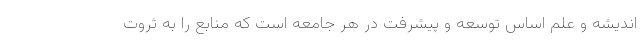
اندیشه و علم اساس توسعه و پیشرفت در هر جامعه است که منابع را به ثروت